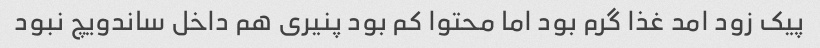
پیک زود امد غذا گرم بود اما محتوا کم بود پنیری هم داخل ساندویچ نبود